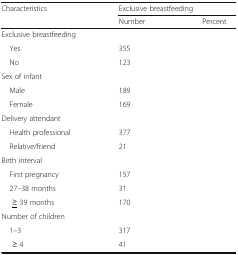
<table><thead><tr><td rowspan="2"><b>Characteristics</b></td><td colspan="2"><b>Exclusive breastfeeding</b></td></tr><tr><td><b>Number</b></td><td><b>Percent</b></td></tr></thead><tbody><tr><td colspan="3">Exclusive breastfeeding</td></tr><tr><td> Yes</td><td>355</td><td>[EMPTY_CELL]</td></tr><tr><td> No</td><td>123</td><td>[EMPTY_CELL]</td></tr><tr><td colspan="3">Sex of infant</td></tr><tr><td> Male</td><td>189</td><td>[EMPTY_CELL]</td></tr><tr><td> Female</td><td>169</td><td>[EMPTY_CELL]</td></tr><tr><td colspan="3">Delivery attendant</td></tr><tr><td> Health professional</td><td>377</td><td>[EMPTY_CELL]</td></tr><tr><td> Relative/friend</td><td>21</td><td>[EMPTY_CELL]</td></tr><tr><td colspan="3">Birth interval</td></tr><tr><td> First pregnancy</td><td>157</td><td>[EMPTY_CELL]</td></tr><tr><td> 27–38 months</td><td>31</td><td>[EMPTY_CELL]</td></tr><tr><td><underline>≥</underline> 39 months</td><td>170</td><td>[EMPTY_CELL]</td></tr><tr><td colspan="3">Number of children</td></tr><tr><td> 1–3</td><td>317</td><td>[EMPTY_CELL]</td></tr><tr><td>≥ 4</td><td>41</td><td>[EMPTY_CELL]</td></tr></tbody></table>